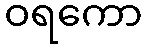
ဝရကော